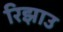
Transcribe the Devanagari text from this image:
रिझाउ